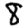
Digit: 8